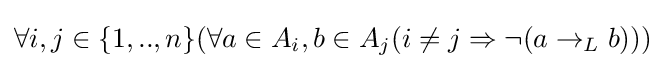
\forall i,j\in \{1,..,n\}(\forall a\in A_{i},b\in A_{j}(i\neq j\Rightarrow \neg (a\rightarrow _{L}b)))